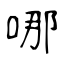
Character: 哪